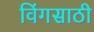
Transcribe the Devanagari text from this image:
विंगसाठी